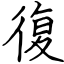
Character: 復